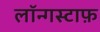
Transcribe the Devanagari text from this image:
लॉन्गस्टाफ़